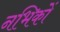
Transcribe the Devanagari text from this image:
नभिकों